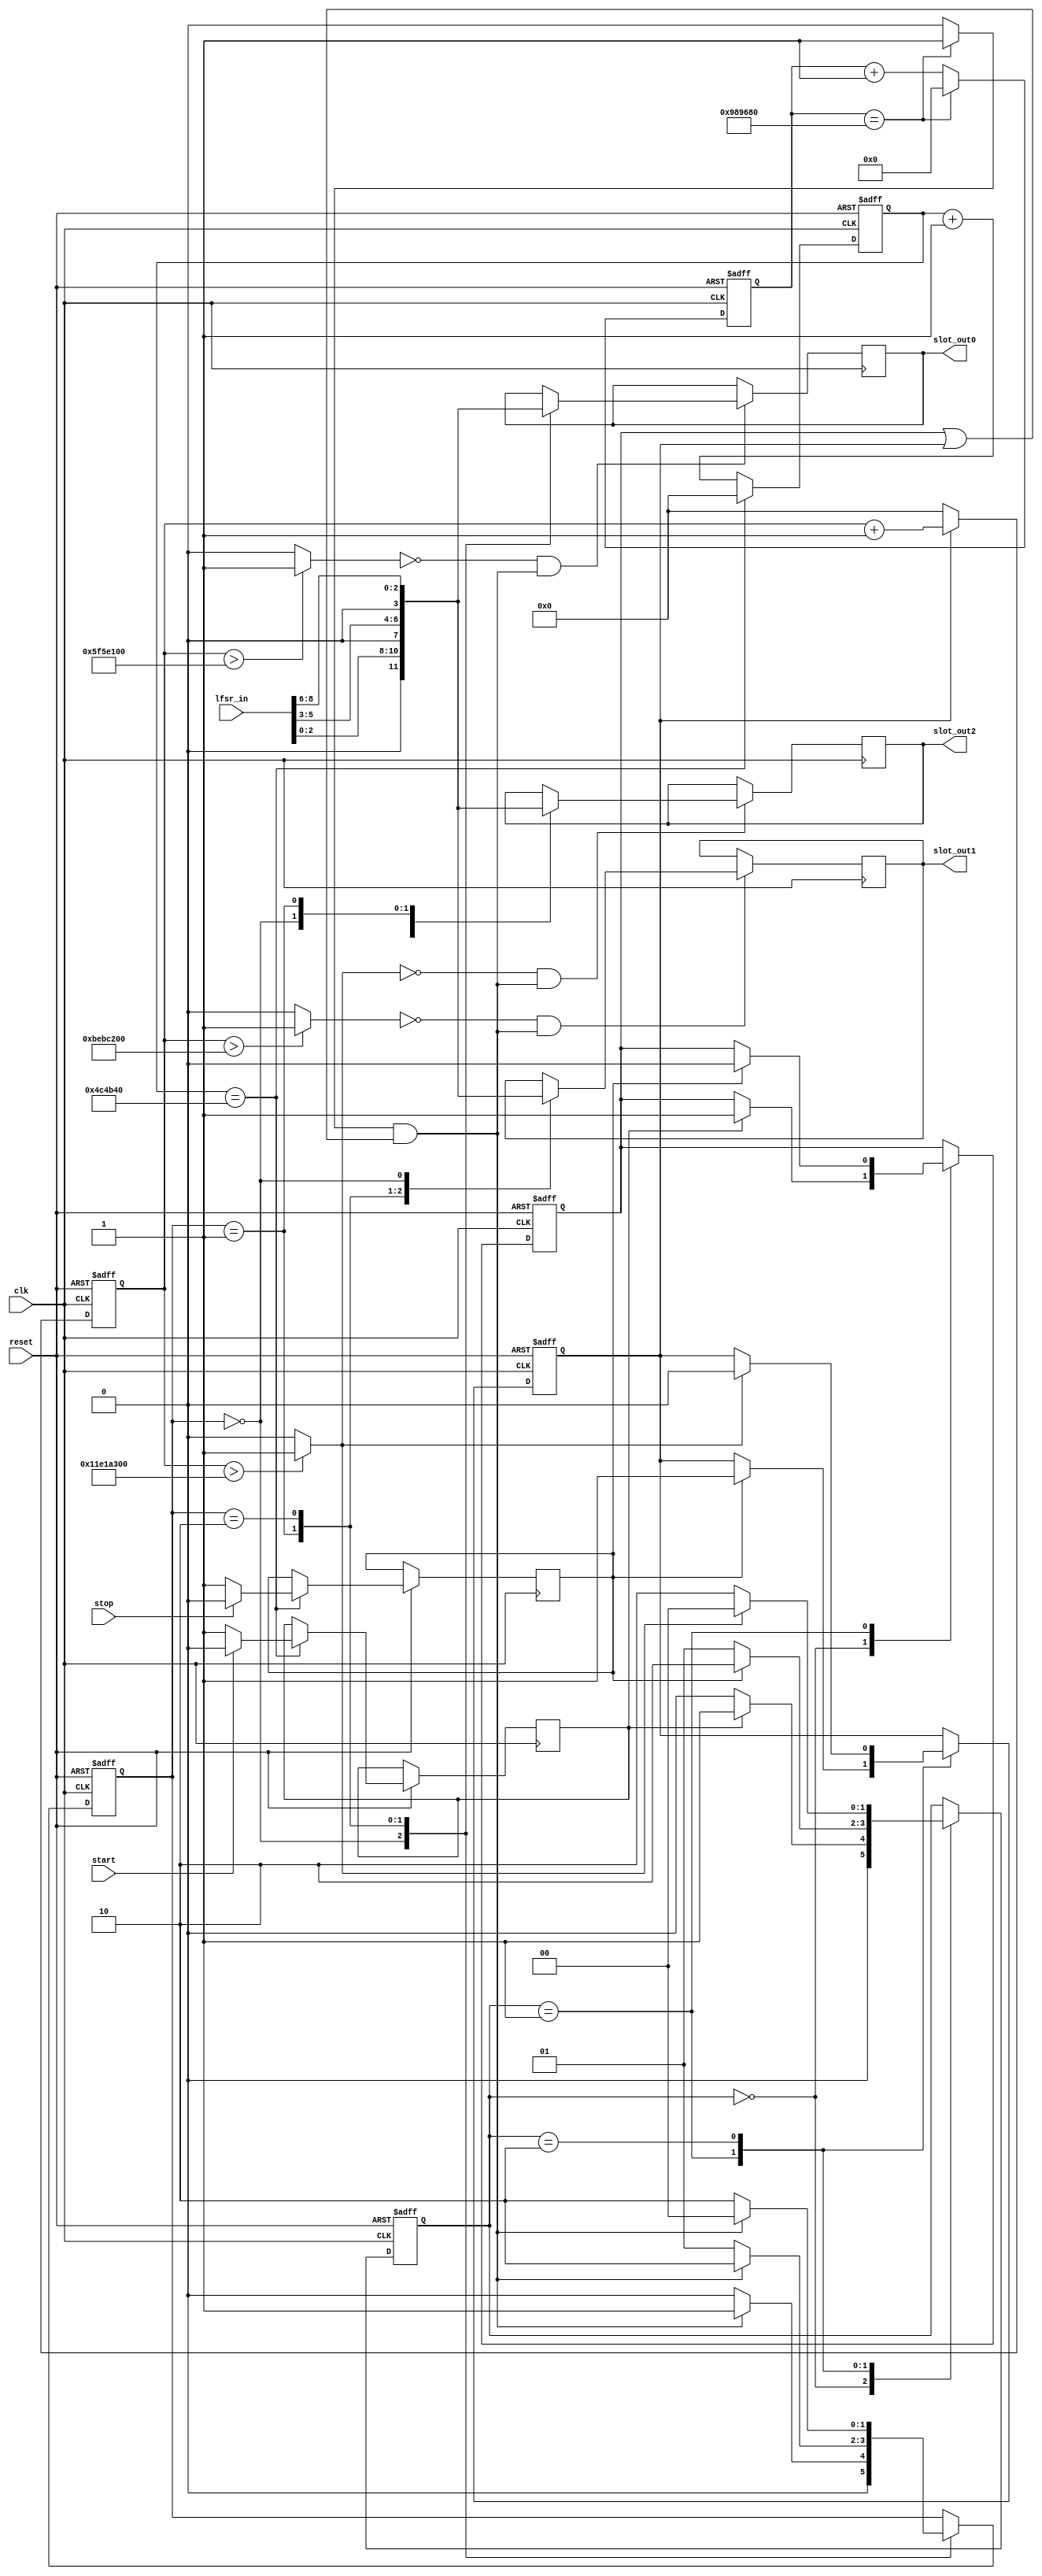
/*********************Slotmachine************************
Description: This Verilog-Code describes the Main-Core of
the Slotmachine. He contains a statemachine, an clock-
counter, a debounce function and a output	

*********************************************************/
module slot(
start,
stop,
clk,
reset,
lfsr_in,
slot_out0,
slot_out1,
slot_out2
);

//Define internal parameters
parameter IDLE			= 2'b00;
parameter RUNNING		= 2'b01;
parameter STOPPING		= 2'b10;

parameter MUX_ADDR0		= 2'b00;
parameter MUX_ADDR1		= 2'b01;
parameter MUX_ADDR2		= 2'b10;

parameter clk_val		= 24'h989680;

parameter debounce_max	= 32'h004C4B40;

parameter stop_val0		= 32'h05F5E100;
parameter stop_val1		= 32'h0BEBC200;
parameter stop_val2		= 32'h11E1A300;

parameter lfsr_length = 10;

//Declare Input Ports
input start;
input stop;
input clk;
input reset;
input [lfsr_length-1 : 0] lfsr_in;

//Declare Output Ports
output [3:0] slot_out0;
output [3:0] slot_out1;
output [3:0] slot_out2;

//Declare internal registers
reg [3:0] slot_out0 = 0; 
reg [3:0] slot_out1 = 0; 
reg [3:0] slot_out2 = 0;

reg [1:0] state 	= IDLE; 

reg [1:0] mux_sel 	= MUX_ADDR0;

reg running;
reg stopping;

reg start_flag;

reg stop_flag;

reg [31:0] debounce;

reg [31:0] stop_cnt;

reg [23:0] clk_cnt;



//Declare internal wires


wire clk_flag;

wire clk_cond;

wire slot_cond0;
wire slot_cond1;
wire slot_cond2;

wire mux_cond0;
wire mux_cond1;
wire mux_cond2;

wire finish_flag0;
wire finish_flag1;
wire finish_flag2;

//Structural Coding

assign clk_flag = (clk_cnt == clk_val) ? 1'b1 : 1'b0;
assign clk_cond = (clk_flag & (running | stopping));
assign mux_cond0 = (~finish_flag0 & clk_cond);
assign mux_cond1 = (~finish_flag1 & clk_cond);
assign mux_cond2 = (~finish_flag2 & clk_cond);
assign finish_flag0 = (stop_cnt > stop_val0) ? 1'b1 : 1'b0;
assign finish_flag1 = (stop_cnt > stop_val1) ? 1'b1 : 1'b0;
assign finish_flag2 = (stop_cnt > stop_val2) ? 1'b1 : 1'b0;

//Sequential Coding

always @ (posedge clk or negedge reset)
begin: CLK_COUNT
	if (reset == 0) begin
		clk_cnt <= 24'h000000;
	end
	else if (clk_cnt == clk_val) begin
		clk_cnt <= 24'h000000;
	end 
	else begin
		clk_cnt <= clk_cnt + 1'b1;	
	end
end
//State machine with three states
always @ (posedge clk or negedge reset)
begin: MAIN_STATE_MACHINE
	if (reset == 0) begin
		state <= IDLE;
		running <= 1'b0;		
		stopping <= 1'b0;
	end
	else begin
		case (state)
			IDLE	:	if (start_flag == 1) begin
							state 		<= RUNNING;
							running 	<= 1'b1;
						end else begin
							state 		<= IDLE;
						end
			RUNNING	:	if (stop_flag == 1) begin
							state 		<= STOPPING;
							running 	<= 1'b0;
							stopping 	<= 1'b1;
						end else begin
							state 		<= RUNNING;
						end
			STOPPING:  	if (finish_flag2 == 1) begin
							state 		<= IDLE;
							stopping 	<= 1'b0;
						end else begin
							state 		<= STOPPING;
						end
		endcase
	end
end

always @ (posedge clk or negedge reset)
begin: MUX_STATE_MACHINE0
	if(reset == 0) begin
		mux_sel <= MUX_ADDR0;
	end
	else begin
		case (mux_sel) 
			MUX_ADDR0 	: 	if (clk_cond == 1) mux_sel <= MUX_ADDR1;
								else mux_sel <=  MUX_ADDR0;
			MUX_ADDR1	: 	if (clk_cond == 1) mux_sel <= MUX_ADDR2; 
								else mux_sel <=  MUX_ADDR1;
			MUX_ADDR2 	: 	if (clk_cond == 1) mux_sel <= MUX_ADDR0; 
								else mux_sel <=  MUX_ADDR2;
		endcase
	end
end

always @ (posedge clk)
begin: SLOT_OUT0
	if (mux_cond0 == 1) begin
		case (mux_sel)
			MUX_ADDR0	: slot_out0 <= {1'b0, lfsr_in[2:0]};
			MUX_ADDR1	: slot_out0 <= {1'b0, lfsr_in[5:3]};
			MUX_ADDR2	: slot_out0 <= {1'b0, lfsr_in[8:6]};
		endcase
	end
end

always @ (posedge clk)
begin: SLOT_OUT1
	if (mux_cond1 == 1) begin
		case (mux_sel)
			MUX_ADDR1	: slot_out1 <= {1'b0, lfsr_in[2:0]};
			MUX_ADDR2	: slot_out1 <= {1'b0, lfsr_in[5:3]};
			MUX_ADDR0	: slot_out1 <= {1'b0, lfsr_in[8:6]};
		endcase
	end
end

always @ (posedge clk)
begin: SLOT_OUT2
	if (mux_cond2 == 1) begin
		case (mux_sel)
			MUX_ADDR2	: slot_out2 <= {1'b0, lfsr_in[2:0]};
			MUX_ADDR0	: slot_out2 <= {1'b0, lfsr_in[5:3]};
			MUX_ADDR1	: slot_out2 <= {1'b0, lfsr_in[8:6]};
		endcase
	end
end

always @ (posedge clk or negedge reset)
begin: STOP_CNT
	if (reset == 0 ) begin
		stop_cnt <= 10'b0000000000;
	end
	else if (stopping == 1) begin
		stop_cnt <= stop_cnt +1'b1;
	end
	else begin 
		stop_cnt <= 10'b0000000000;
	end
end
//Debounce Process
always @ (posedge clk or negedge reset)
begin: DEBOUNCE
	if (reset == 0) begin
		debounce <= 32'h00000000;
	end
	else if (debounce == debounce_max) begin
		debounce <= 32'h00000000;
		start_flag <= (start == 0) ? 1'b1 : 1'b0;
		stop_flag <= (stop == 0) ? 1'b1 : 1'b0;
	end
	else begin 
		debounce <= debounce + 1'b1;
	end
end

endmodule